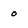
Character: 0